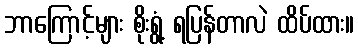
ဘာကြောင့်များ စိုးရွံ့ ရပြန်တာလဲ ထိပ်ထား။